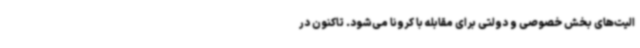
الیت‌های بخش خصوصی و دولتی برای مقابله با کرونا می‌شود. تاکنون در